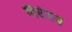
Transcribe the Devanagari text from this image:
लैटेरन